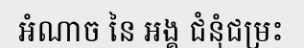
អំណាច នៃ អង្គ ជំនុំជម្រះ